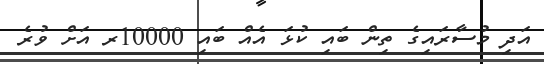
އަދި މުސާރައިގެ ތިން ބައި ކުޅަ އެއް ބައި 10000ރ އަށް ވުރެ